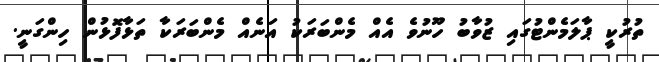
ތުރުކީ ޕާލަމެންޓުގައި ޒުވާބު ހޫނުވެ އެއް މެންބަަރަކު އަނެއް މެންބަރަކާ ތަޅާފޮޅުން ހިންގަނީ.